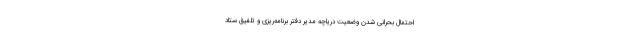
احتمال بحرانی شدن وضعیت دریاچه مدیر دفتر برنامه‌ریزی و تلفیق ستاد